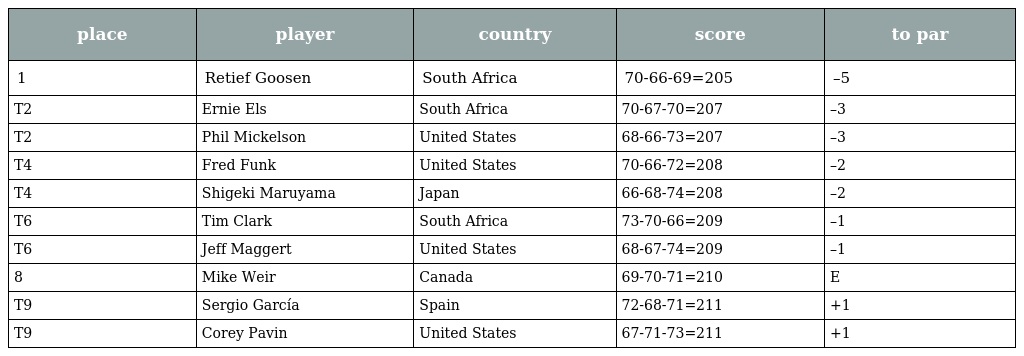
| place | player | country | score | to par |
 | --- | --- | --- | --- | --- |
 | 1 | Retief Goosen | South Africa | 70-66-69=205 | –5 |
 | T2 | Ernie Els | South Africa | 70-67-70=207 | –3 |
 | T2 | Phil Mickelson | United States | 68-66-73=207 | –3 |
 | T4 | Fred Funk | United States | 70-66-72=208 | –2 |
 | T4 | Shigeki Maruyama | Japan | 66-68-74=208 | –2 |
 | T6 | Tim Clark | South Africa | 73-70-66=209 | –1 |
 | T6 | Jeff Maggert | United States | 68-67-74=209 | –1 |
 | 8 | Mike Weir | Canada | 69-70-71=210 | E |
 | T9 | Sergio García | Spain | 72-68-71=211 | +1 |
 | T9 | Corey Pavin | United States | 67-71-73=211 | +1 |